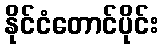
နိုင်ငံတောင်ပိုင်း